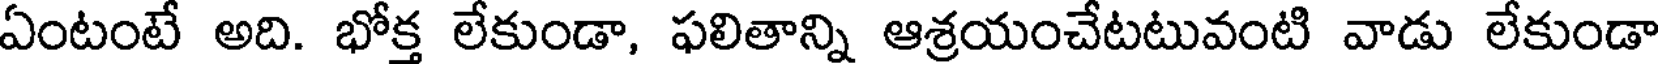
ఏంటంటే అది. భోక్త లేకుండా, ఫలితాన్ని ఆశ్రయంచేటటువంటి వాడు లేకుండా